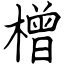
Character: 橧